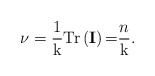
\begin{align*}\mathrm{\nu }=\frac{1}{\mathrm{k}}\mathrm{Tr}\left( \mathbf{I}\right)\mathrm{=}\frac{n}{\mathrm{k}}.\end{align*}